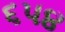
૬૫૪